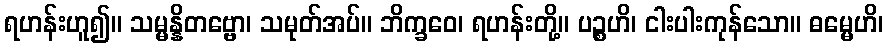
ရဟန်းဟူ၍။ သမ္မန္နိတဗ္ဗော၊ သမုတ်အပ်။ ဘိက္ခဝေ၊ ရဟန်းတို့။ ပဉ္စဟိ၊ ငါးပါးကုန်သော။ ဓမ္မေဟိ၊